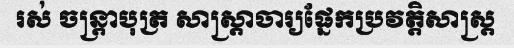
រស់ ចន្ត្រាបុត្រ សាស្ត្រាចារ្យផ្នែកប្រវត្តិសាស្ត្រ